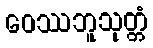
ဝေဿဘူသုတ္တံ